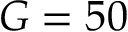
G = 5 0